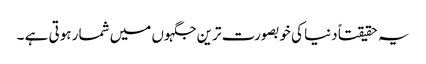
یہ حقیقتاً دنیا کی خوبصورت ترین جگہوں میں شمار ہوتی ہے ۔